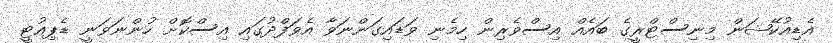
އެޑިއުކޭޝަން މިނިސްޓްރީގެ ބައެއް އިސްވެރިން ހިމެނި ވަޑައިގަންނަވާ އެވަފްދުގައި އިސްކޮށް ހުންނަވަނީ ޑެޕިއުޓީ